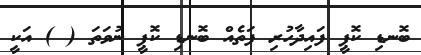
ބޮނޑި ކޮޕީ ފައިދާހުރި ފަތެއް ބޮނޑި ކޮޕީ ނުވަތަ ( ) އަކީ